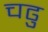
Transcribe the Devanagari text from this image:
चढु